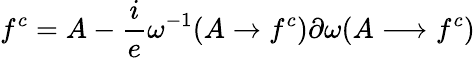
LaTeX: f^{c}=A-\frac{i}{e}\omega^{-1}(A\rightarrow f^{c})\partial\omega(A\longrightarrow f^{c})